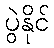
ပွဲနိုင်